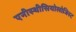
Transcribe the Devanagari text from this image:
एनीस्थीसियोलोजिस्ट